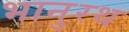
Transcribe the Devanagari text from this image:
भानुरथ